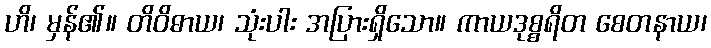
ဟိ၊ မှန်၏။ တိဝိဓာယ၊ သုံးပါး အပြားရှိသော။ ကာယဒုစ္စရိတ စေတနာယ၊